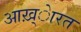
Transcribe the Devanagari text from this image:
आख़्ेारत